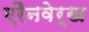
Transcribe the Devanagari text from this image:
एरैनवेर्ख